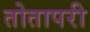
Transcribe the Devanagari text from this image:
तोतापरी